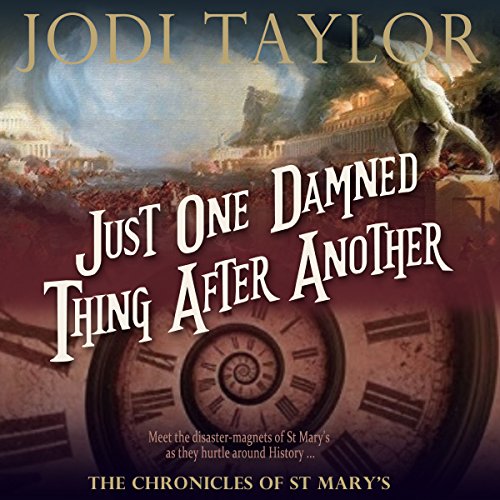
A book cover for Just One Damned Thing After Another: The Chronicles of St Mary's, Book 1; Jodi Taylor; Science Fiction & Fantasy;